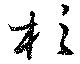
杉